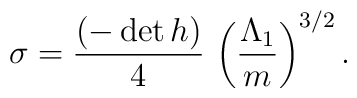
\sigma= \frac{(-\det h)}{4} \,\left(\frac{\Lambda_1}{m}\right)^{3/2}.